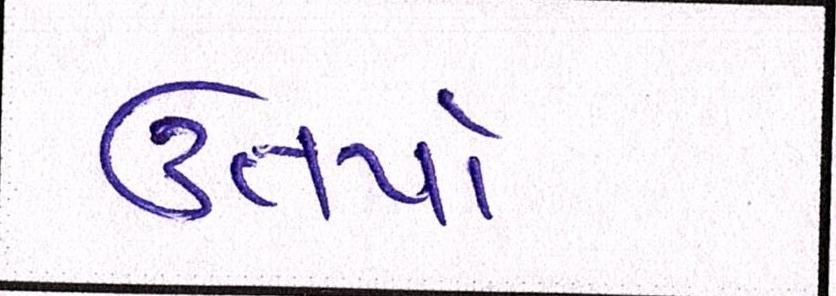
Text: ઉતર્યા